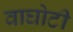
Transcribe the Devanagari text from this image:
वाघोटी